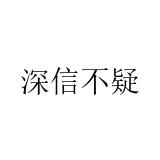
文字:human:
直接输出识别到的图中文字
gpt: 深信不疑